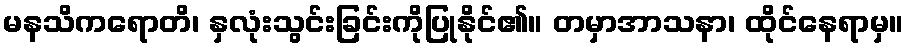
မနသိကရောတိ၊ နှလုံးသွင်းခြင်းကိုပြုနိုင်၏။ တမှာအာသနာ၊ ထိုင်နေရာမှ။